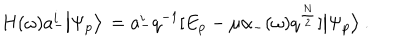
LaTeX: H ( \omega ) a _ { - } ^ { i } \big | \Psi _ { p } \big > \, = a _ { - } ^ { i } q ^ { - 1 } [ E _ { p } - \mu \alpha _ { - } ( \omega ) q ^ { \frac { N } { 2 } } ] \big | \Psi _ { p } \big > \ .